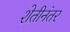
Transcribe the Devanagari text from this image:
शेतीनंतर